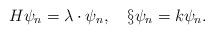
\begin{align*}H\psi_n=\lambda\cdot\psi_n, \ \ \ \S\psi_n=k\psi_n. \end{align*}